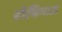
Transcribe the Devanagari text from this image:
रोचिनाऊ